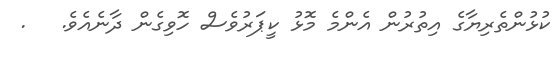
ކުޅުންތެރިޔާގެ އިތުރުން އެންމެ މޮޅު ކީޕަރުވެސް ހޮވިގެން ދާނެއެވެ.   .